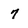
Character: 7